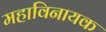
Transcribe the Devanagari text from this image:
महाविनायक